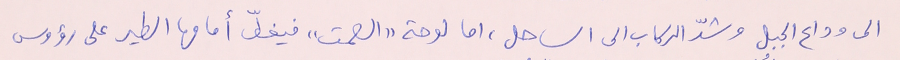
الى وداع الجبل وشدّ الركاب الى الساحل، اما لوحة "الصمت" فيغطّ أمامها الطير على رؤوس